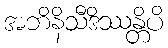
အဘိနိသီဒိဿန္တိပိ